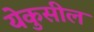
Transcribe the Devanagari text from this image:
येकुसील